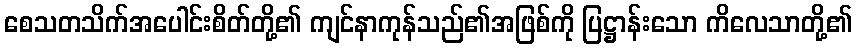
စေသတသိက်အပေါင်းစိတ်တို့၏ ကျင်နာကုန်သည်၏အဖြစ်ကို ပြဋ္ဌာန်းသော ကိလေသာတို့၏